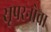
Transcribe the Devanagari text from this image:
सूपरनोवा